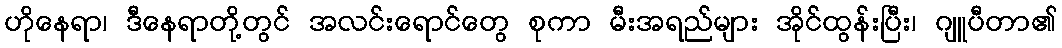
ဟိုနေရာ၊ ဒီနေရာတို့တွင် အလင်းရောင်တွေ စုကာ မီးအရည်များ အိုင်ထွန်းပြီး၊ ဂျူပီတာ၏